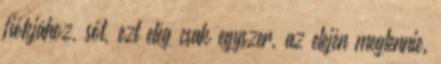
fiókjához, sőt, ezt elég csak egyszer, az elején megtennie.